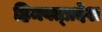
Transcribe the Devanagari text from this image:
हिमवत्प्रदेश